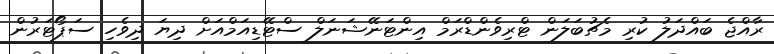
ރާއްޖެ ބައްދަލު ކުރި މެޗުބަލަން ޓްރިވެންޑްރަމް އިންޓަނޭޝަނަލް ސްޓޭޑިއަމްއަށް ދިޔަ ދިވެހި ސަޕޯޓަރުން